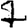
Digit: 7